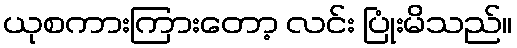
ယုစကားကြားတော့ လင်း ပြုံးမိသည်။